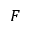
F